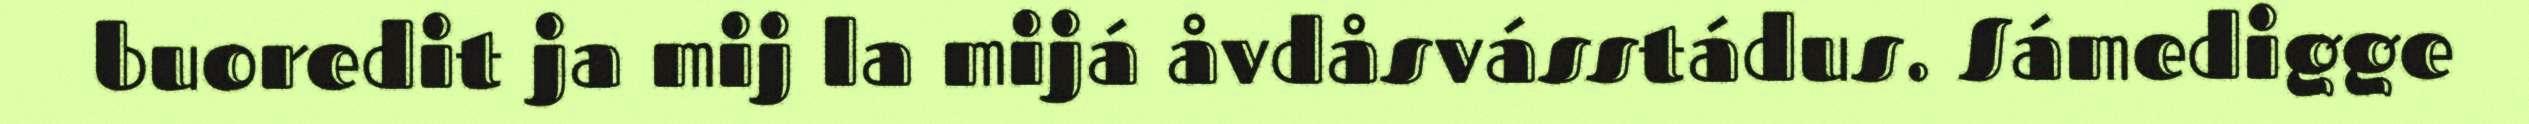
buoredit ja mij la mijá åvdåsvásstádus. Sámedigge